Civil Veterinary Department Bihar & Orissa reports 1929-36 - 1929-1936
Year: 1929
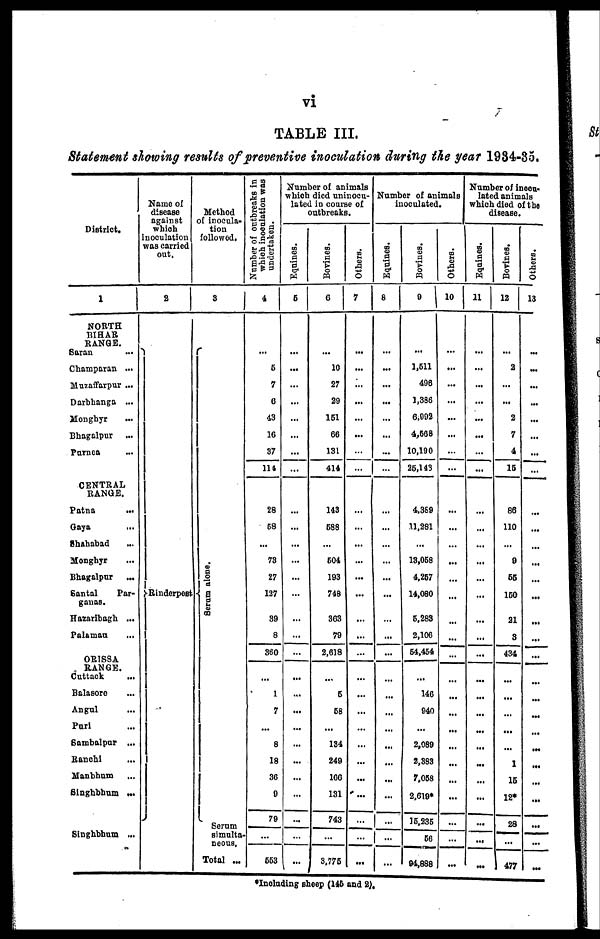
vi
TABLE III.
Statement showing results of preventive inoculation during the year 1934-35.
District.
1
NORTH
BIHAR
RANGE.
Saran ...
Champaran ...
Muzaffarpur ...
Darbhanga ...
Mongbyr ...
Bhagalpur ...
Purnea ...
CENTRAL
RANGE.
Patna ...
Gaya ...
Shahabad ...
Monghyr
Bhagalpur
...
Santal
Par-
ganas.
Hazaribagh ...
Palamau ...
ORISSA
RANGE.
Cuttack ...
Balasore ...
Angul ...
Puri ...
Sambalpur ...
Ranchi ...
Manbhum
Singhbhum ...
Singhbhum ...
Name of
disease
against
which
Inoculation
was carried
out,
2
Rinderpest
Method
of inocula-
tion
followed.
3
Se r
um alone.
Serum
simulta-
neous.
Total ...
Number of outbreaks in
which inoculation was
undertaken.
4
6
7
6
43
16
87
114
28
68
...
78
27
137
39
8
360
...
1
7
...
8
18
36
9
79
...
663
Number of animals
which died uninocu-
lated in course of
outbreaks.
Equines.
5
...
...
...
...
...
...
...
...
...
...
...
...
...
...
...
...
...
...
...
...
...
...
...
...
...
...
...
...
Bovines.
6
...
10
27
29
161
66
131
414
143
588
...
604
193
748
...
363
79
2,618
...
6
68
...
184
249
166
131
743
...
3,775
Others.
7
...
...
...
...
...
...
...
...
...
...
...
...
...
...
...
...
...
...
...
...
...
...
...
...
...
...
...
...
...
Number of animals
inoculated.
Equines.
8
...
...
...
...
...
...
...
...
...
...
...
...
...
...
...
...
...
...
...
...
...
...
...
...
...
...
...
...
...
Bovines.
9
...
1.611
498
1,386
6,092
4,568
10,190
26,143
4,369
11,281
...
13,068
4,257
14,080
...
6.283
2,106
64,454
...
140
940
...
2,089
2,888
7.068
2,619*
15,235
68
94,888
Others.
10
...
...
...
...
...
...
...
...
...
...
...
...
...
...
...
...
...
...
...
...
...
...
...
...
...
...
...
...
...
Number of inocu-
lated animals
which died of the
disease.
Equines.
11
...
...
...
...
...
...
...
...
...
...
...
...
...
...
...
...
...
...
...
...
...
...
...
...
...
...
...
...
...
Bovines.
12
...
2
...
...
2
7
4
16
86
110
...
9
66
160
21
3
434
...
...
...
...
...
1
16
12*
28
...
1 477
Others.
13
...
...
...
...
...
...
...
...
...
...
...
...
...
...
...
...
...
...
...
...
...
...
...
...
...
...
...
...
...
*Including sheep (145 and 2),